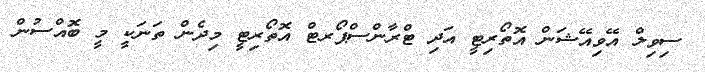
ސިވިލް އޭވިއޭޝަން އޮތޯރިޓީ އަދި ޓްރާންސްޕޯރޓް އޮތޯރިޓީ މިދެން ތަނަކީ މީ ބޮއްސުން